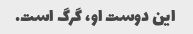
این دوست او، گرگ است.